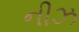
નીઝ